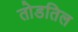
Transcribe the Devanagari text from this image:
तोडतिल